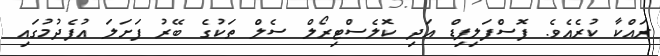
ރައްކާ ކުރެއެވެ. ފޮސްފަލިޕިޑް އަދި ކޮލެސްޓިރޯލް ސެލް ތަކުގެ ބޭރު ފަށަލަ އުފެދުމުގައި